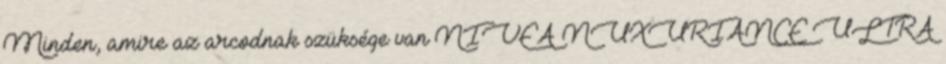
Minden, amire az arcodnak szüksége van NIVEA NUXURIANCE ULTRA